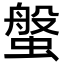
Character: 螌